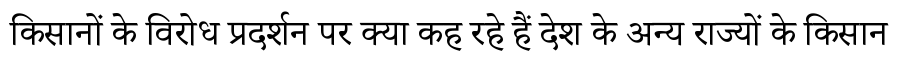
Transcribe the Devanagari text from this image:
किसानों के विरोध प्रदर्शन पर क्या कह रहे हैं देश के अन्य राज्यों के किसान